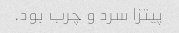
پیتزا سرد و چرب بود.